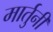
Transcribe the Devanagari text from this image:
मार्तुनी